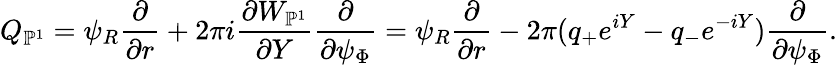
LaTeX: Q_{\mathbb{P}^{1}}=\psi_{R}\frac{\partial}{\partial r}+2\pi i\frac{\partial W_{\mathbb{P}^{1}}}{\partial Y}\frac{\partial}{\partial\psi_{\Phi}}=\psi_{R}\frac{\partial}{\partial r}-2\pi(q_{+}e^{iY}-q_{-}e^{-iY})\frac{\partial}{\partial\psi_{\Phi}}.